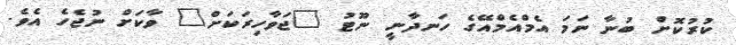
ކުރުކޮށް ބުނާ ނަމަ އެމްއެމްއޭގެ ހަނދާނީ ނޫޓު "ޖަވާހިރަކަށް" ވާކަށް ނުޖެހެ އެވެ.